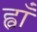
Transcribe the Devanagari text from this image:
ह्वाँ